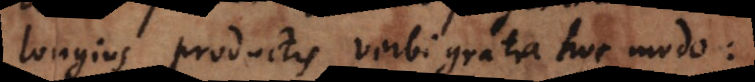
longius productis verbi gratia hoc modo: